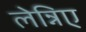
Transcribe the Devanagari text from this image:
लेन्निए